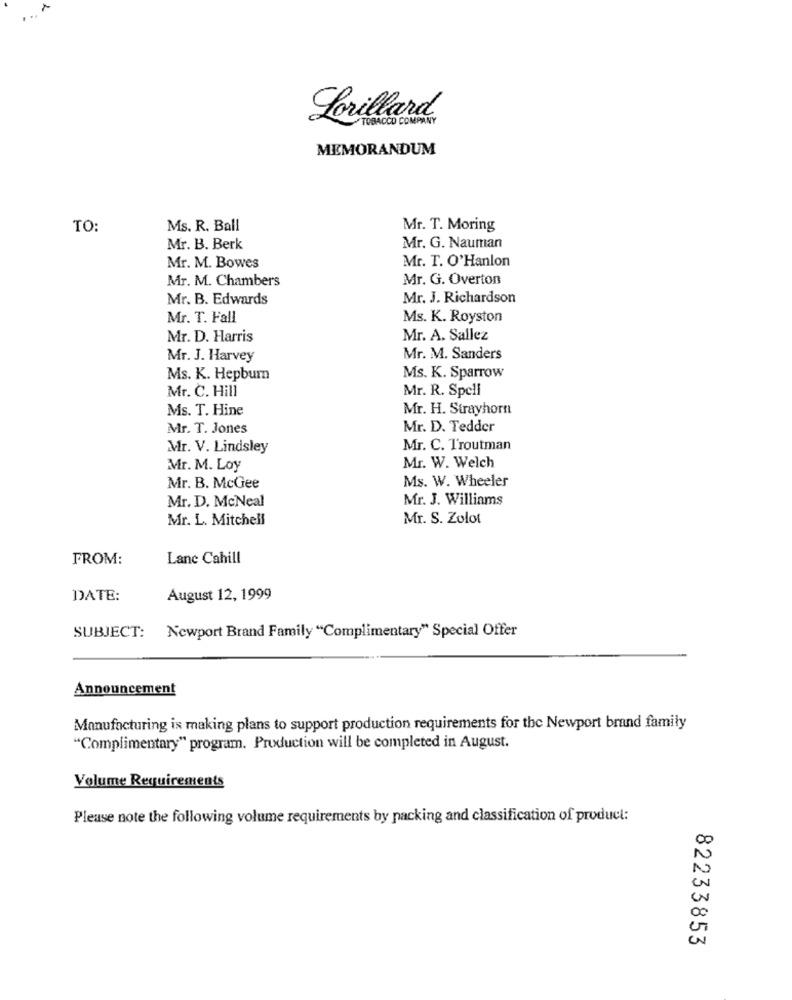
Lorillard
TOBACCO COMPANY
MEMORANDUM
TO:
Ms. R. Ball
Mr. T. Moring
Mr. B. Berk
Mr. G. Nauman
Mr. T. O'Hanlon
Mr. M. Bowes
Mr. M. Chambers
Mr. G. Overton
Mr. B. Edwards
Mr. J. Richardson
Mr. T. Fall
Ms. K. Royston
Mr. D. Harris
Mr. A. Sallez
Mr. J. Harvey
Mr. M. Sanders
Ms. K. Sparrow
Ms. K. Hepbur
Mr. C. Hill
Mr. R. Spell
Ms. T. Hine
Mr. H. Strayhorn
Mr. T. Jones
Mr. D. Tedder
Mr. V. Lindsley
Mr. C. Troutman
Mr. M. Loy
Mr. W. Welch
Ms. W. Wheeler
Mr. B. McGee
Mr. D. McNeal
Mr. J. Williams
Mr. L. Mitchell
Mr. S. Zolot
FROM:
Lane Cahill
DATE:
August 12, 1999
SUBJECT: Newport Brand Family "Complimentary" Special Offer
Announcement
Manufacturing is making plans to support production requirements for the Newport brand family
"Complimentary" program. Production will be completed in August.
Volume Requirements
Please note the following volume requirements by packing and classification of product:
N
00
82233853